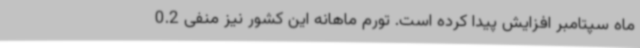
ماه سپتامبر افزایش پیدا کرده است. تورم ماهانه این کشور نیز منفی 0.2